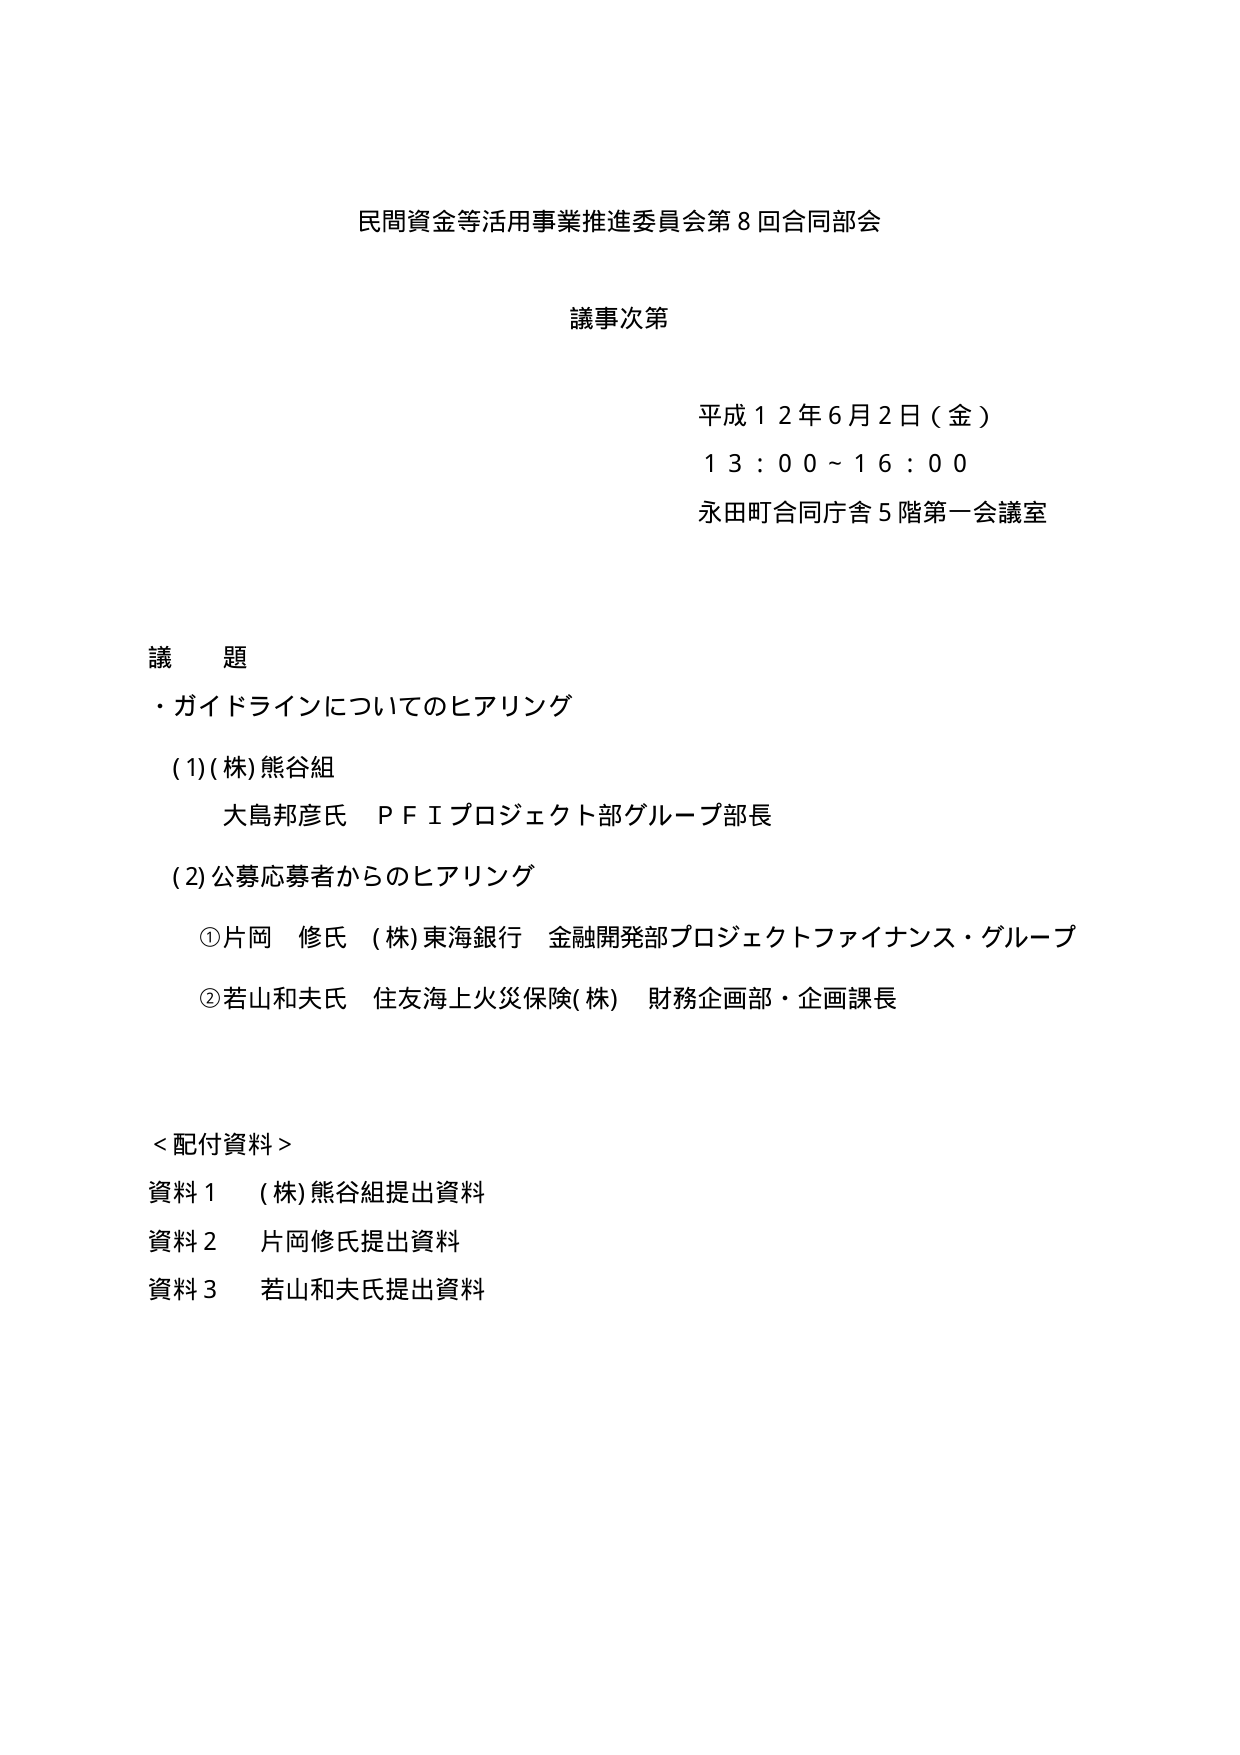
民間資金等活用事業推進委員会第８回合同部会

議事次第

平成１２年６月２日（金）
１３：００～１６：００
永田町合同庁舎５階第一会議室

議　題
・ガイドラインについてのヒアリング

（１）（株）熊谷組
　　大島邦彦氏　ＰＦＩプロジェクト部グループ部長

（２）公募応募者からのヒアリング
　　①片岡　修氏　（株）東海銀行　金融開発部プロジェクトファイナンス・グループ
　　②若山和夫氏　住友海上火災保険（株）　財務企画部・企画課長

＜配付資料＞
資料１　（株）熊谷組提出資料
資料２　片岡修氏提出資料
資料３　若山和夫氏提出資料